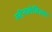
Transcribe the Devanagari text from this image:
स्टेनलेबिल्स